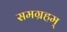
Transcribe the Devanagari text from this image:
समग्रहम्